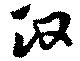
政